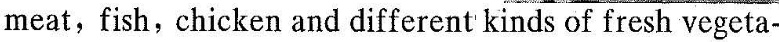
meat, fish, chicken and dfferent kinds of freshvegeta